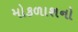
મોકળાશનો